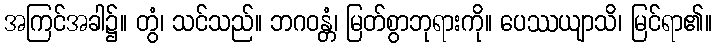
အကြင်အခါ၌။ တွံ၊ သင်သည်။ ဘဂဝန္တံ၊ မြတ်စွာဘုရားကို။ ပေဿယျာသိ၊ မြင်ရာ၏။